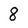
Character: 8